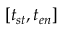
[ t _ { s t } , t _ { e n } ]